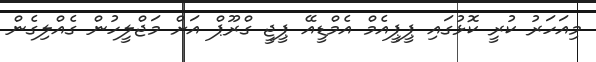
މިއަހަރު ކުރީ ކޮޅުގައި ޕީޕީއެމް އެމްޑީއޭ ޕީޖީ ގްރޫޕް އަށް މަޖްލީހުން ގެއްލިގެން